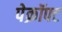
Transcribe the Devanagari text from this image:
पेक्रॉफ्ट